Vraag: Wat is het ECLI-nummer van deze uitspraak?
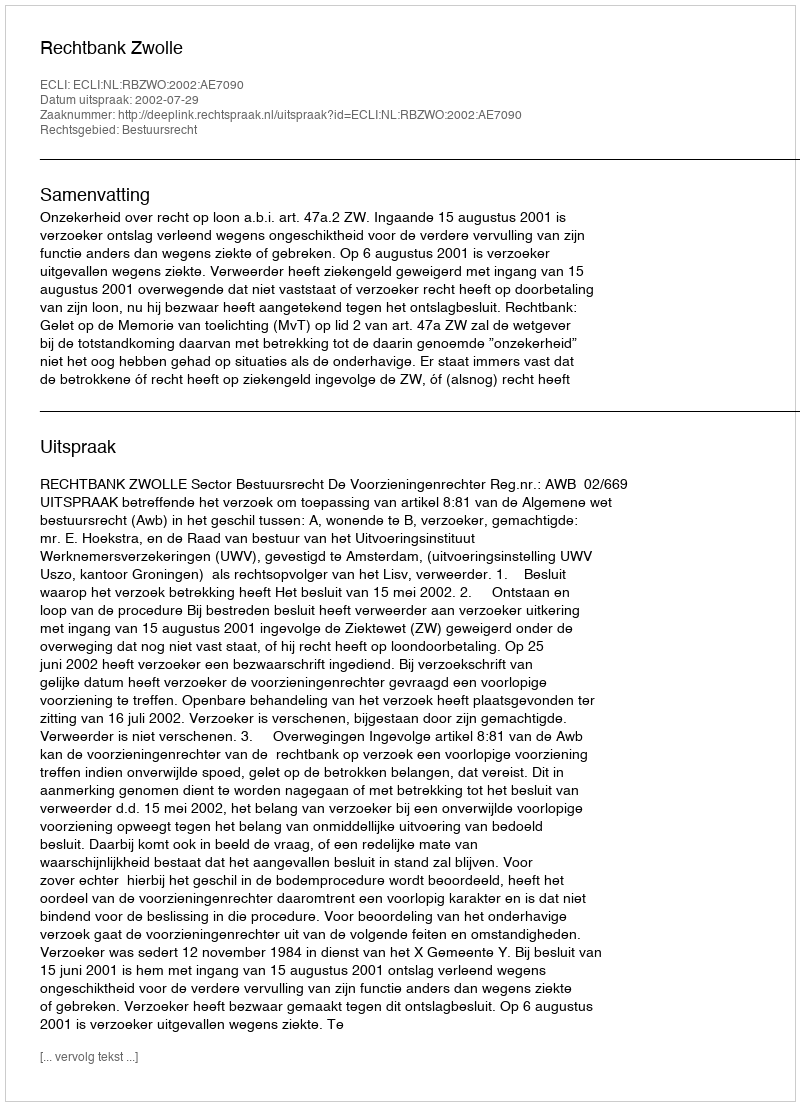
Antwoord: ECLI:NL:RBZWO:2002:AE7090